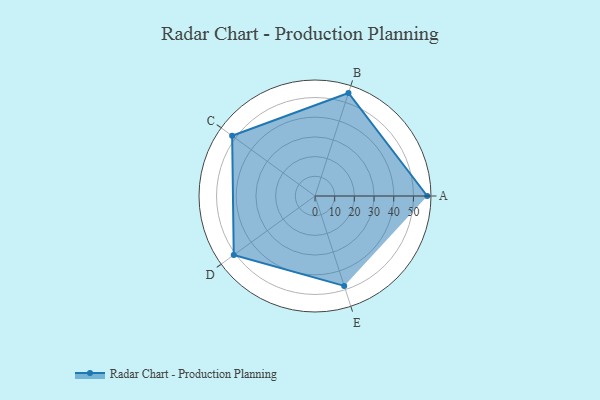
{"axis": {"x": "Skill", "y": "Score"}, "legend": ["Profile"], "data": [{"x": "A", "y": 57.0, "type": "Profile"}, {"x": "B", "y": 55.0, "type": "Profile"}, {"x": "C", "y": 52.0, "type": "Profile"}, {"x": "D", "y": 51.0, "type": "Profile"}, {"x": "E", "y": 48.0, "type": "Profile"}]}